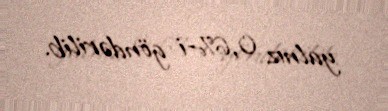
yalnız 0,6%-i göndərilib.